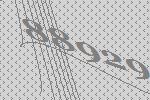
88929